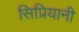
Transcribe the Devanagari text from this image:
सिप्रियानी